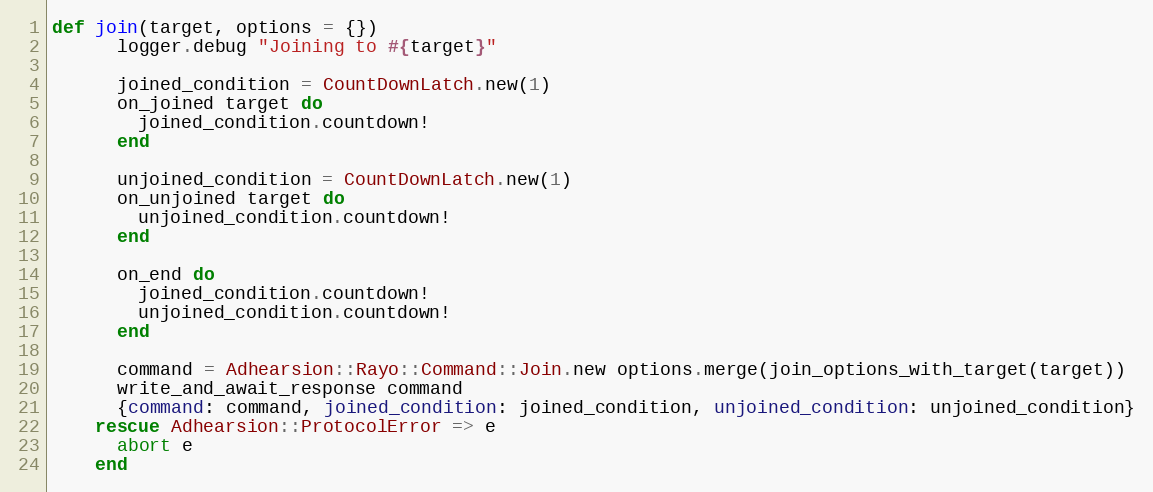
Language: Ruby
def join(target, options = {})
      logger.debug "Joining to #{target}"

      joined_condition = CountDownLatch.new(1)
      on_joined target do
        joined_condition.countdown!
      end

      unjoined_condition = CountDownLatch.new(1)
      on_unjoined target do
        unjoined_condition.countdown!
      end

      on_end do
        joined_condition.countdown!
        unjoined_condition.countdown!
      end

      command = Adhearsion::Rayo::Command::Join.new options.merge(join_options_with_target(target))
      write_and_await_response command
      {command: command, joined_condition: joined_condition, unjoined_condition: unjoined_condition}
    rescue Adhearsion::ProtocolError => e
      abort e
    end